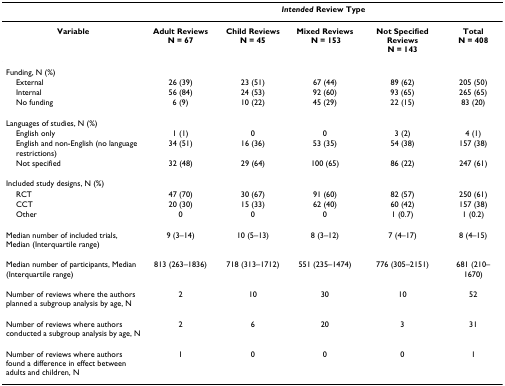
|  | <COLSPAN=5> Intended Review Type |
 | --- | --- | --- | --- | --- | --- |
 | Variable | Adult Reviews N = 67 | Child Reviews N = 45 | Mixed Reviews N = 153 | Not Specified Reviews N = 143 | Total N = 408 |
 | Funding, N (%) |  |  |  |  |  |
 | External | 26 (39) | 23 (51) | 67 (44) | 89 (62) | 205 (50) |
 | Internal | 56 (84) | 24 (53) | 92 (60) | 93 (65) | 265 (65) |
 | No funding | 6 (9) | 10 (22) | 45 (29) | 22 (15) | 83 (20) |
 | Languages of studies, N (%) |  |  |  |  |  |
 | English only | 1 (1) | 0 | 0 | 3 (2) | 4 (1) |
 | English and non-English (no language restrictions) | 34 (51) | 16 (36) | 53 (35) | 54 (38) | 157 (38) |
 | Not specified | 32 (48) | 29 (64) | 100 (65) | 86 (22) | 247 (61) |
 | Included study designs, N (%) |  |  |  |  |  |
 | RCT | 47 (70) | 30 (67) | 91 (60) | 82 (57) | 250 (61) |
 | CCT | 20 (30) | 15 (33) | 62 (40) | 60 (42) | 157 (38) |
 | Other | 0 | 0 | 0 | 1 (0.7) | 1 (0.2) |
 | Median number of included trials, Median (Interquartile range) | 9 (3–14) | 10 (5–13) | 8 (3–12) | 7 (4–17) | 8 (4–15) |
 | Median number of participants, Median (Interquartile range) | 813 (263–1836) | 718 (313–1712) | 551 (235–1474) | 776 (305–2151) | 681 (210–1670) |
 | Number of reviews where the authors planned a subgroup analysis by age, N | 2 | 10 | 30 | 10 | 52 |
 | Number of reviews where authors conducted a subgroup analysis by age, N | 2 | 6 | 20 | 3 | 31 |
 | Number of reviews where authors found a difference in effect between adults and children, N | 1 | 0 | 0 | 0 | 1 |